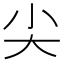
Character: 尖